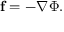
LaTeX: \mathbf { f } = - \nabla \Phi .